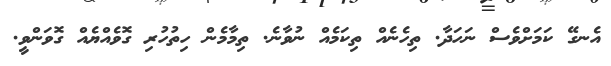
އެނގޭ ކަމަށްވެސް ނަހަދާ. ތިހެނެއް ތިކަމެއް ނުވާނެ. ތިމާމެން ހިތުހުރި ގޮވެއްޔެއް ގޮވަންވީ.